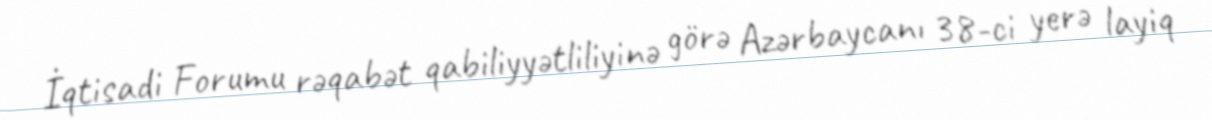
İqtisadi Forumu rəqabət qabiliyyətliliyinə görə Azərbaycanı 38-ci yerə layiq